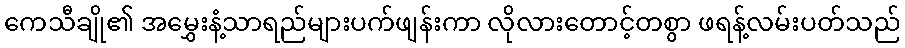
ကေသီချို၏ အမွှေးနံ့သာရည်များပက်ဖျန်းကာ လိုလားတောင့်တစွာ ဖရန့်လမ်းပတ်သည်